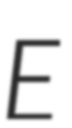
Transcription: E